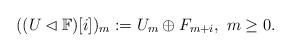
LaTeX: \begin{align*} ((U \lhd \mathbb{F})[i])_m := U_m \oplus F_{m+i}, \,\, m \geq 0.\end{align*}